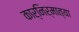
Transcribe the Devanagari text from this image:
कार्निर्मात्या